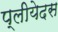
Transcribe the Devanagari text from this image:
प्लीयेदस